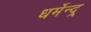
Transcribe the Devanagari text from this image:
धर्मेन्द्र्